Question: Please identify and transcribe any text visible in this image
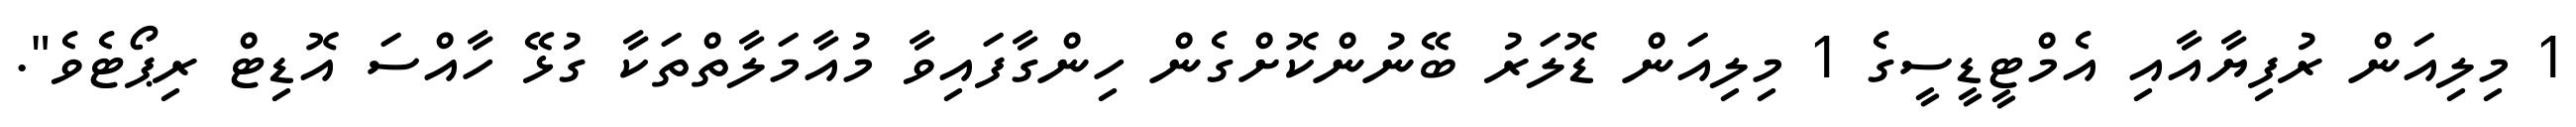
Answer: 1 މިލިއަން ރުފިޔާއާއި އެމްޓީޑީސީގެ 1 މިލިއަން ޑޮލަރު ބޭނުންކޮށްގެން ހިންގާފައިވާ މުއާމަލާތްތަކާ ގުޅޭ ހާއްސަ އޮޑިޓް ރިޕޯޓެވެ".